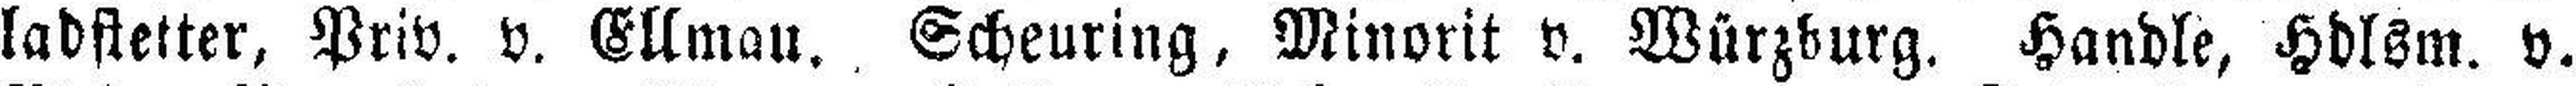
ladstetter, Priv. v. Ellmau. Scheuring, Minorit v. Würzburg. Handle, Hdlsm. v.